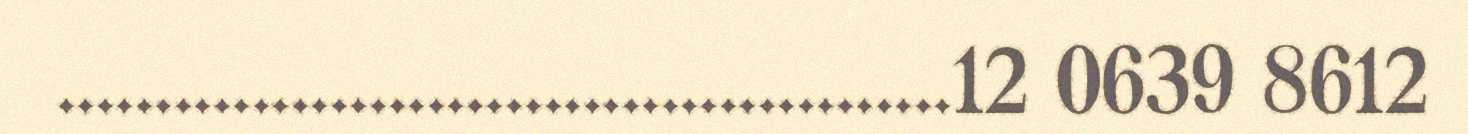
..............................................12 0639 8612